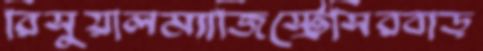
রিসুয়ালম্যাজিস্ট্রেসিরবাড়